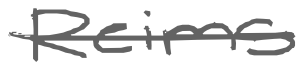
Text: Reims
Cross-out: single-line
Writing tool: digital_gray